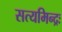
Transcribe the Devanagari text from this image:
सत्यमिन्द्रः